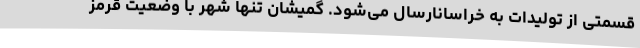
قسمتی از تولیدات به خراسانارسال می‌شود. گمیشان تنها شهر با وضعیت قرمز